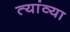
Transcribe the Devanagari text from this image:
त्यांव्या